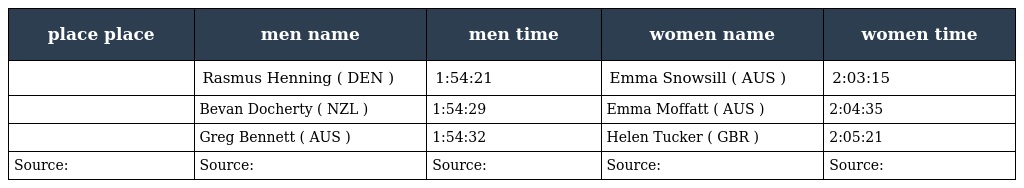
| place place | men name | men time | women name | women time |
 | --- | --- | --- | --- | --- |
 |  | Rasmus Henning ( DEN ) | 1:54:21 | Emma Snowsill ( AUS ) | 2:03:15 |
 |  | Bevan Docherty ( NZL ) | 1:54:29 | Emma Moffatt ( AUS ) | 2:04:35 |
 |  | Greg Bennett ( AUS ) | 1:54:32 | Helen Tucker ( GBR ) | 2:05:21 |
 | Source: | Source: | Source: | Source: | Source: |